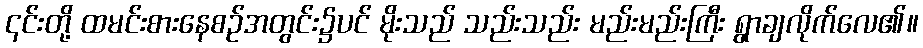
၎င်းတို့ ထမင်းစားနေစဉ်အတွင်း၌ပင် မိုးသည် သည်းသည်း မည်းမည်းကြီး ရွာချလိုက်လေ၏။